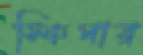
স্কিপার